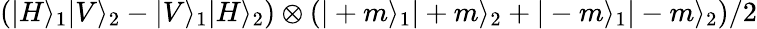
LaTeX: \left(|H\rangle_{1}|V\rangle_{2}-|V\rangle_{1}|H\rangle_{2}\right)\otimes\left(|+m\rangle_{1}|+m\rangle_{2}+|-m\rangle_{1}|-m\rangle_{2}\right)/2